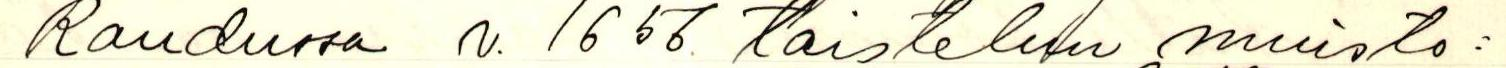
Raudussa v. 1656 taistelun muisto: